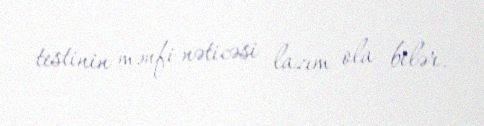
testinin mənfi nəticəsi lazım ola bilər.